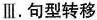
Ⅲ. 句型转移